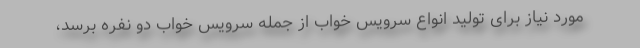
مورد نیاز برای تولید انواع سرویس خواب از جمله سرویس خواب دو نفره برسد،